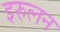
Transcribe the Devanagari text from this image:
इरुलन